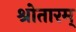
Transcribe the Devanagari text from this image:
श्रोतारम्